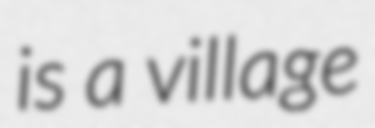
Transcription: is a village